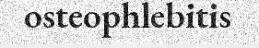
osteophlebitis